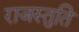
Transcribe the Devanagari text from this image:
राजस्तुति